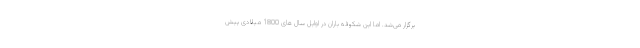
برگزار می‌شد. اما این شکوفه باران در اوایل سال های 1800 میلادی پیش